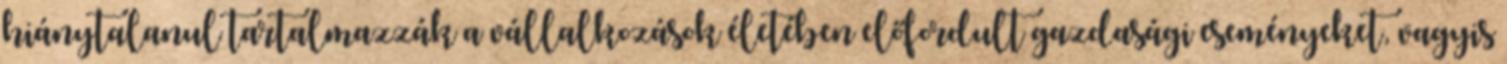
hiánytalanul tartalmazzák a vállalkozások életében előfordult gazdasági eseményeket, vagyis